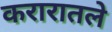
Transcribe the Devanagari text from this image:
करारातले